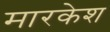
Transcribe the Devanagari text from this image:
मारकेश